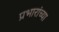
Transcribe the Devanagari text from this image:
प्रभारांच्या